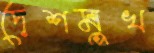
দেশমুখ